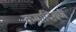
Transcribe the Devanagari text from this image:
क्रमादिगण